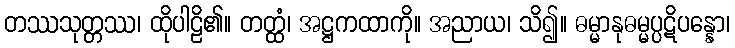
တဿသုတ္တဿ၊ ထိုပါဠိ၏။ တတ္ထံ၊ အဋ္ဌကထာကို။ အညာယ၊ သိ၍။ ဓမ္မာနုဓမ္မပ္ပဋိပန္နော၊